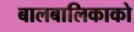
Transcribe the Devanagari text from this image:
बालबालिकाको